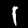
Label: 1